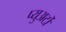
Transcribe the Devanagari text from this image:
प्युअर्टो